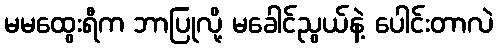
မမထွေးရီက ဘာပြုလို့ မခေါင်ညွယ်နဲ့ ပေါင်းတာလဲ